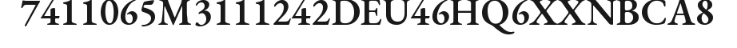
7411065M3111242DEU46HQ6XXNBCA8